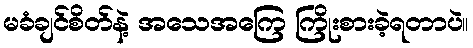
မခံချင်စိတ်နဲ့ အသေအကြေ ကြိုးစားခဲ့ရတာပဲ။